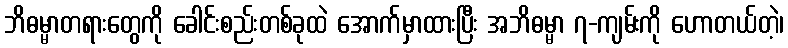
ဘိဓမ္မာတရားတွေကို ခေါင်းစည်းတစ်ခုထဲ အောက်မှာထားပြီး အဘိဓမ္မာ ၇-ကျမ်းကို ဟောတယ်တဲ့၊